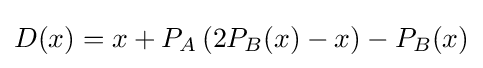
D(x)=x+P_{A}\left(2P_{B}(x)-x\right)-P_{B}(x)